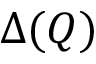
\Delta ( Q )